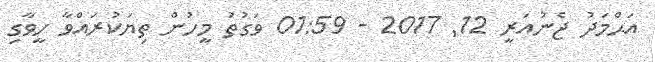
އަޙްމަދު ޖެނުއަރީ 12